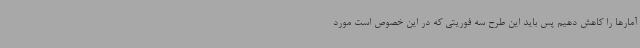
آمارها را کاهش دهیم پس باید این طرح سه فوریتی که در این خصوص است مورد